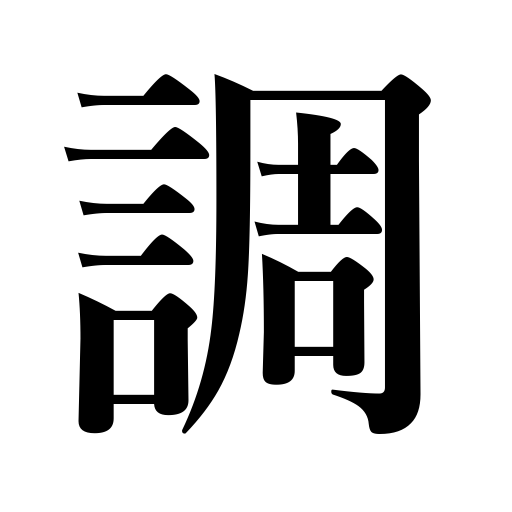
Meanings: tone,prepare,be adjusted,survey,play on an instrument,be arranged,interrogate,correct papers,search for,look up a word,be prepared,supply,inspect,overhaul,fill orders,adjust clothes,raise money,settle,be well regulated,tax in kind,meter,key in music,test,purchase,put in order,be in order,regulate,tidy up,check up,arrange,tune,refer to a book,be settled,style of writing,examine,investigate